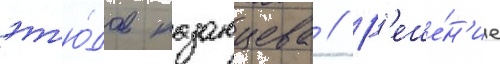
эт'ю́дов казанцева // Р'еше́н'ие